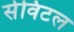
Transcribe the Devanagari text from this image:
सेविटल